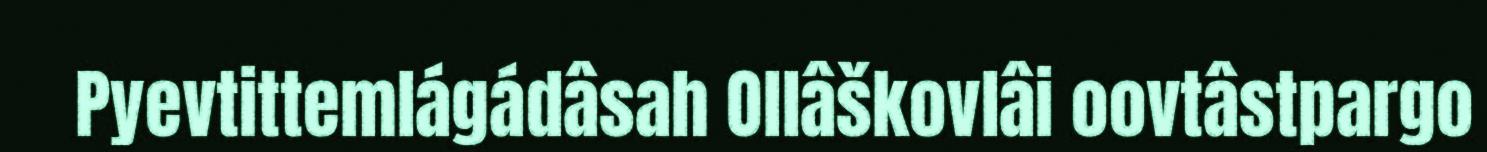
Pyevtittemlágádâsah Ollâškovlâi oovtâstpargo